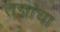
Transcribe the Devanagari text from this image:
तज्ञांचा